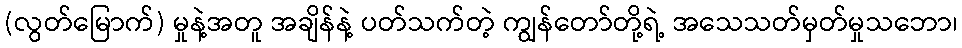
(လွတ်မြောက်) မှုနဲ့အတူ အချိန်နဲ့ ပတ်သက်တဲ့ ကျွန်တော်တို့ရဲ့ အသေသတ်မှတ်မှုသဘော၊